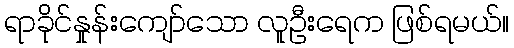
ရာခိုင်နှုန်းကျော်သော လူဦးရေက ဖြစ်ရမယ်။